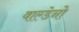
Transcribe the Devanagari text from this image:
वाल्डेनो